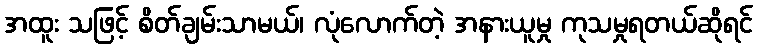
အထူး သဖြင့် စိတ်ချမ်းသာမယ်၊ လုံလောက်တဲ့ အနားယူမှု ကုသမှုရတယ်ဆိုရင်